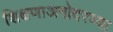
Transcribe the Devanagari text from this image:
शिक्षणाअगोदरच्या